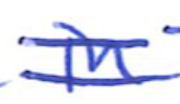
Text: in
Cross-out: double-line
Writing tool: ballpoint